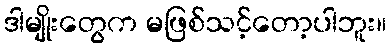
ဒါမျိုးတွေက မဖြစ်သင့်တော့ပါဘူး။